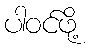
ပါဝင်ဖို့